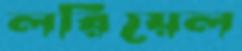
লরিয়েল